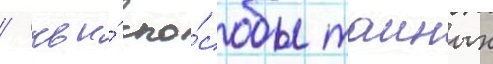
/ чьи́ спо́собы таиных